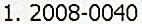
1. 2008-0040